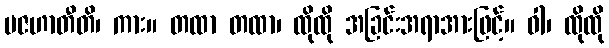
ပဇဟာတီတိ၊ ကား။ တထာ တထာ၊ ထိုထို အခြင်းအရာအားဖြင့်။ ဝါ၊ ထိုထို